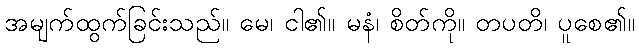
အမျက်ထွက်ခြင်းသည်။ မေ၊ ငါ၏။ မနံ၊ စိတ်ကို။ တပတိ၊ ပူစေ၏။